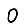
Digit: 0